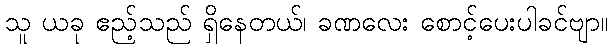
သူ ယခု ဧည့်သည် ရှိနေတယ်၊ ခဏလေး စောင့်ပေးပါခင်ဗျာ။